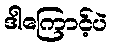
ဒါကြောင့်ပဲ